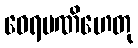
ဝေရမဏိဟေတု